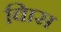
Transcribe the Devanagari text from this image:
विास